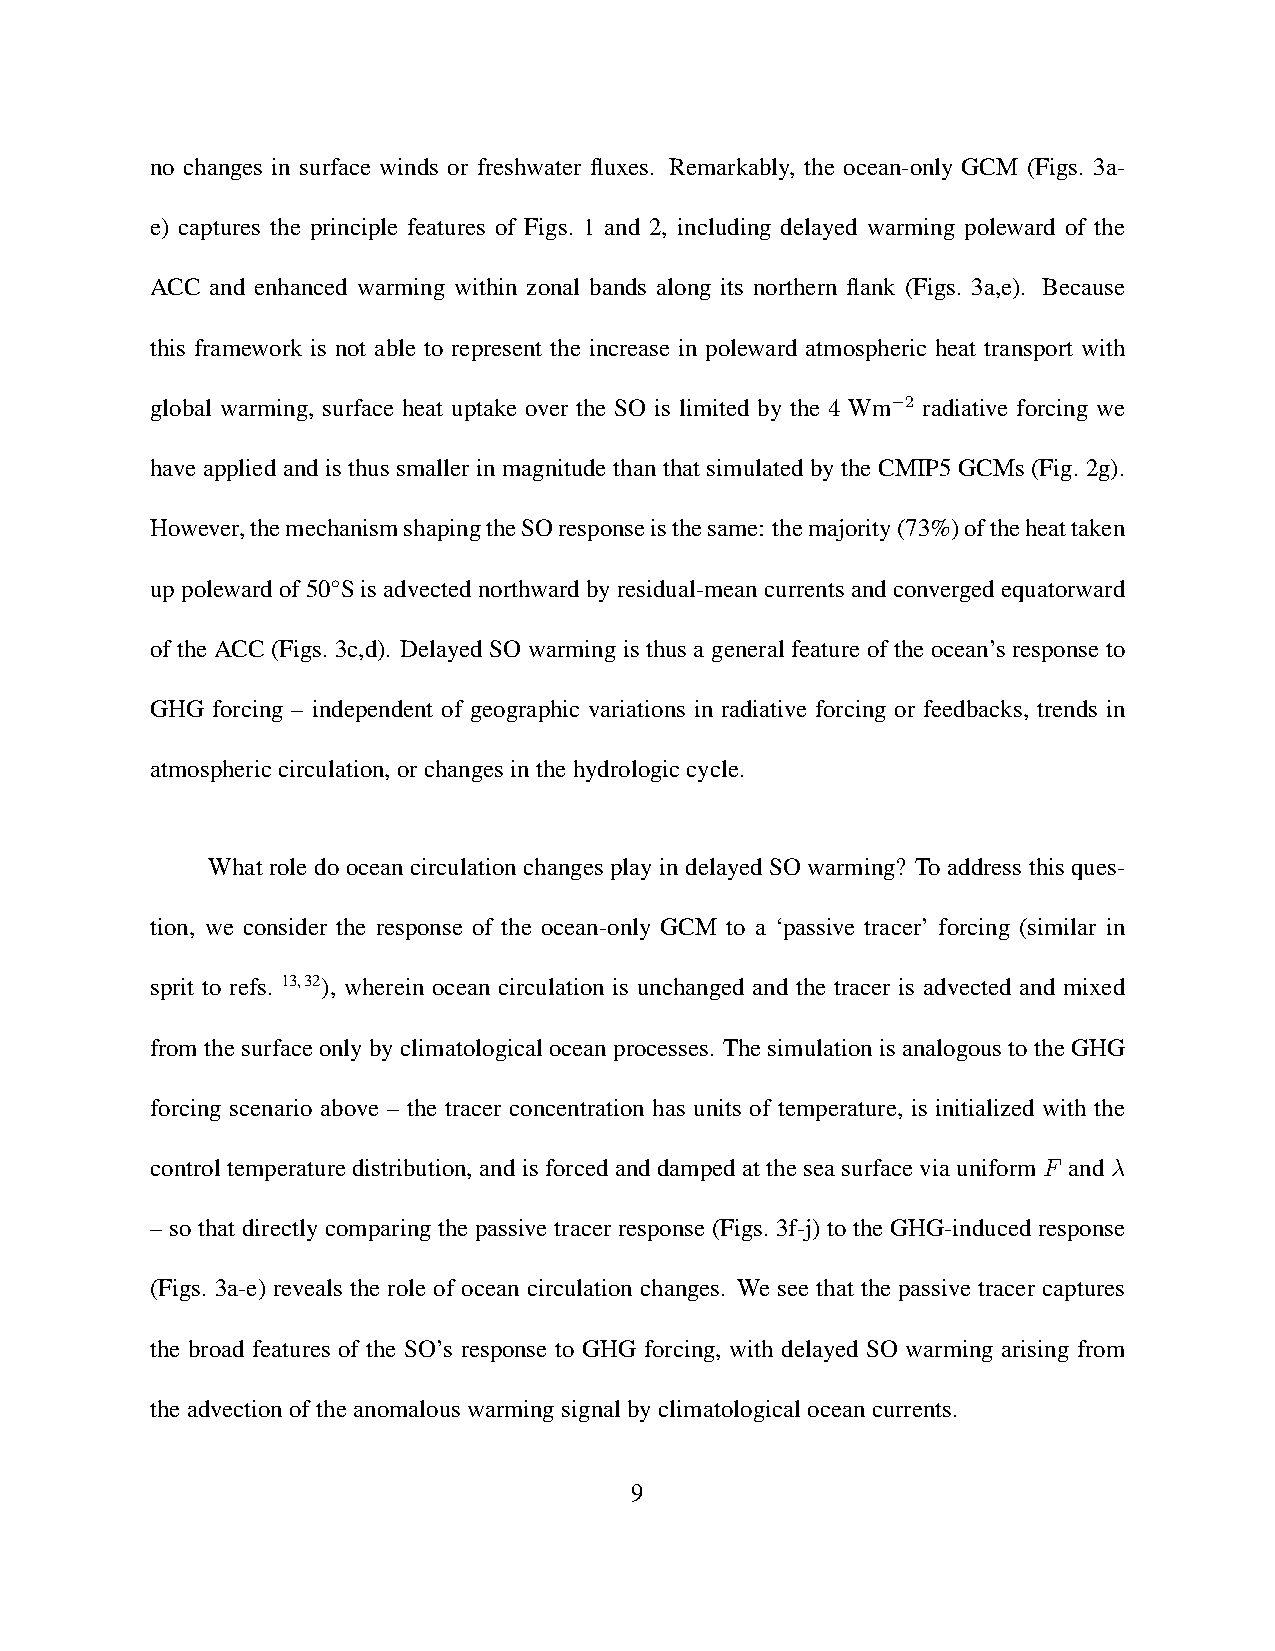
no changes in surface winds or freshwater fluxes. Remarkably, the ocean-only GCM (Figs. 3a-
 e) captures the principle features of Figs. 1 and 2, including delayed warming poleward of the
 ACC and enhanced warming within zonal bands along its northern flank (Figs. 3a,e). Because
 this framework is not able to represent the increase in poleward atmospheric heat transport with
 global warming, surface heat uptake over the SO is limited by the 4 Wm−2 radiative forcing we
 have applied and is thus smaller in magnitude than that simulated by the CMIP5 GCMs (Fig. 2g).
 However,themechanismshapingtheSOresponseisthesame: themajority(73%)oftheheattaken
 uppolewardof50◦Sisadvectednorthwardbyresidual-meancurrentsandconvergedequatorward
 of the ACC (Figs. 3c,d). Delayed SO warming is thus a general feature of the ocean’s response to
 GHG forcing – independent of geographic variations in radiative forcing or feedbacks, trends in
 atmosphericcirculation,orchangesinthehydrologiccycle.
 What role do ocean circulation changes play in delayed SO warming? To address this ques-
 tion, we consider the response of the ocean-only GCM to a ‘passive tracer’ forcing (similar in
 sprit to refs. 13,32), wherein ocean circulation is unchanged and the tracer is advected and mixed
 fromthesurfaceonlybyclimatologicaloceanprocesses. ThesimulationisanalogoustotheGHG
 forcing scenario above – the tracer concentration has units of temperature, is initialized with the
 control temperature distribution, and is forced and damped at the sea surface via uniform F and λ
 – so that directly comparing the passive tracer response (Figs. 3f-j) to the GHG-induced response
 (Figs. 3a-e) reveals the role of ocean circulation changes. We see that the passive tracer captures
 the broad features of the SO’s response to GHG forcing, with delayed SO warming arising from
 theadvectionoftheanomalouswarmingsignalbyclimatologicaloceancurrents.
 9